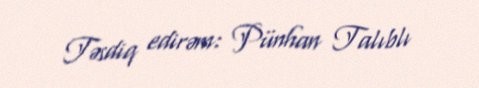
Təsdiq edirəm: Pünhan Talıblı